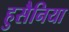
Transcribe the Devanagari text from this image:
हुसैनिया